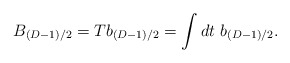
\begin{align*}B_{(D-1)/2}=Tb_{(D-1)/2}=\int dt ~b_{(D-1)/2}.\end{align*}